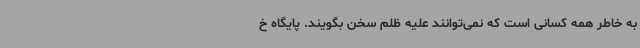
به خاطر همه کسانی است که نمی‌توانند علیه ظلم سخن بگویند. پایگاه خ